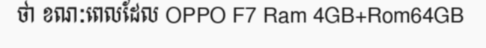
ថា ខណៈពេលដែល OPPO F7 Ram 4GB+Rom64GB